Annual report on the working of the Harcourt Butler Institute of Public Health, Rangoon
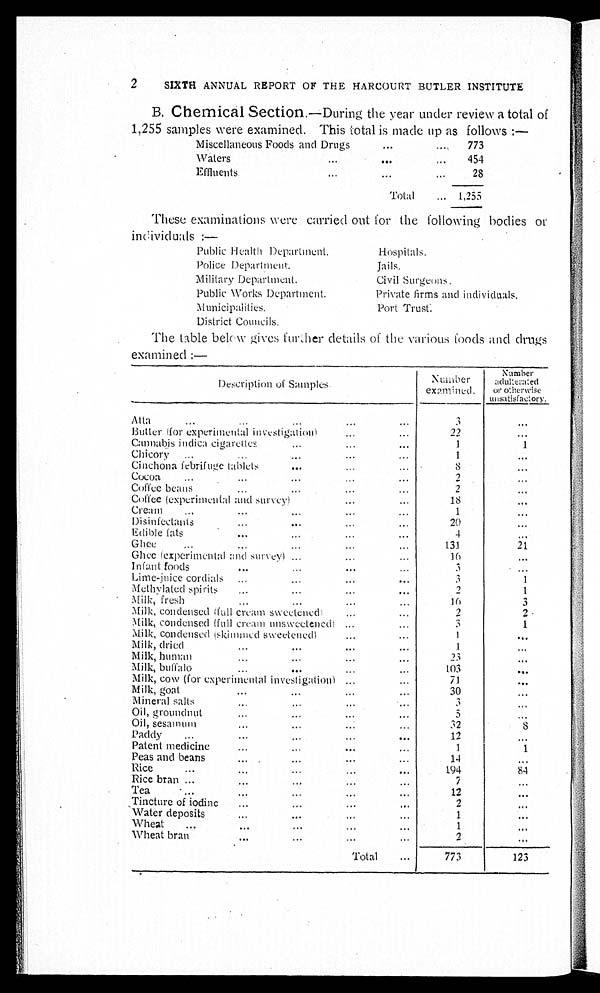
2 SIXTH ANNUAL REPORT OF THE HARCOURT BUTLER INSTITUTE
B. Chemical Section.—During the year under review a total of
1,255 samples were examined. This total is made up as follows :—
Miscellaneous Foods and Drugs . . .
773
Waters . . .
454
Effluents . . .
28
T o t a l . . .
1, 255
These examinations were carried out for the following bodies or
individuals:—
Public Health Department.
Hospitals.
Police Department.
Jails.
Military Department.
Civil Surgeons.
Public Works Department.
Private firms and individuals.
Municipalities.
Port Trust.
District Councils.
The table below gives further details of the Various foods and drugs
examined :—
De s c r i p t i o n o f S a mp l e s .
Number
examined.
Number
adul terated
or otherwise
unsat i sfact ory.
Atta . . .
3
. . .
Butter (for experimental investigation) . . .
22
. . .
Cannabis indica cigarettes . . .
1
1
Chicory . . .
1
. . .
Cinchona febrifuge tablets . . .
8
. . .
Cocoa . . .
2
. . .
Coffee beans . . .
2
. . .
Coffee (experimental and survey) . . .
1 8
. . .
Cream . . .
1
. . .
Disinfectants . . .
20
. . .
Edible fats . . .
4
. . .
Ghee . . .
131
21
Ghee (experimental and survey) . . .
1 6
. . .
Infant foods . . .
3
. . .
Lime-juice cordials . . .
3
1
Methylated spirits . . .
2
1
Milk, fresh . . .
1 6
3
Milk, condensed (full cream sweetened) . . .
2
2
Milk condensed (full cream unsweetened) . . .
3
1
Milk, condensed (skimmed sweetened) . . .
1
. . .
Milk, dried . . .
1
. . .
Milk, human . . .
2 3
. . .
Milk, buffalo . . .
103
. . .
Milk, cow (for experimental investigation) . . .
71
. . .
Milk, goat . . .
30
. . .
Mineral salts . . .
3
. . .
Oil, groundnut . . .
5 . . .
Oil, sesamum . . .
32
8
Paddy . . .
12
. . .
Patent medicine . . .
1
1
Peas and beans . . .
14
. . .
Rice . . .
194
84
Rice bran . . .
7
. . .
Tea . . .
12
. . .
Tincture of iodine . . .
2
. . .
Water deposits . . .
1
. . .
Wheat . . .
1
. . .
Wheat bran . . .
2
. . .
Total . . .
773
123